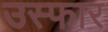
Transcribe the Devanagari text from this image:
उस्फार